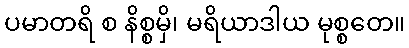
ပမာတရိ စ နိစ္စမှိ၊ မရိယာဒါယ မုစ္စတေ။